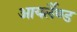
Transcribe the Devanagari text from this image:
आयर्लैण्ड